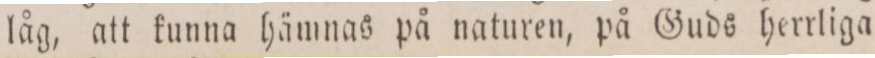
låg, att kunna hämnas på naturen, på Guds herrliga